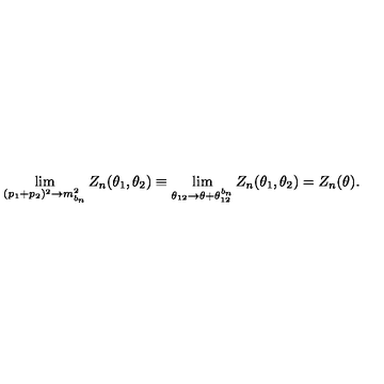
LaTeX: \lim _ { ( p _ { 1 } + p _ { 2 } ) ^ { 2 } \rightarrow m _ { b _ { n } } ^ { 2 } } Z _ { n } ( \theta _ { 1 } , \theta _ { 2 } ) \equiv \lim _ { \theta _ { 1 2 } \rightarrow \theta + \theta _ { 1 2 } ^ { b _ { n } } } Z _ { n } ( \theta _ { 1 } , \theta _ { 2 } ) = Z _ { n } ( \theta ) .